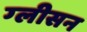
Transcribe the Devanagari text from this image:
ग्‍लीसन